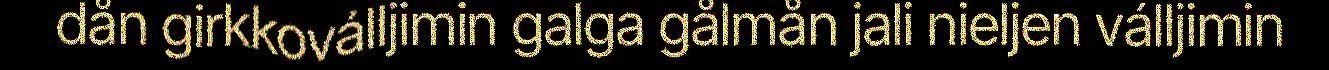
dån girkkoválljimin galga gålmån jali nieljen válljimin